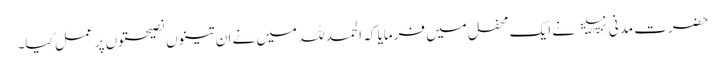
حضرت مدنی﷫ نے ایک محفل میں فرمایا کہ الحمد للہ میں نے ان تینوں نصیحتوں پر عمل کیا۔